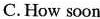
C.How soon